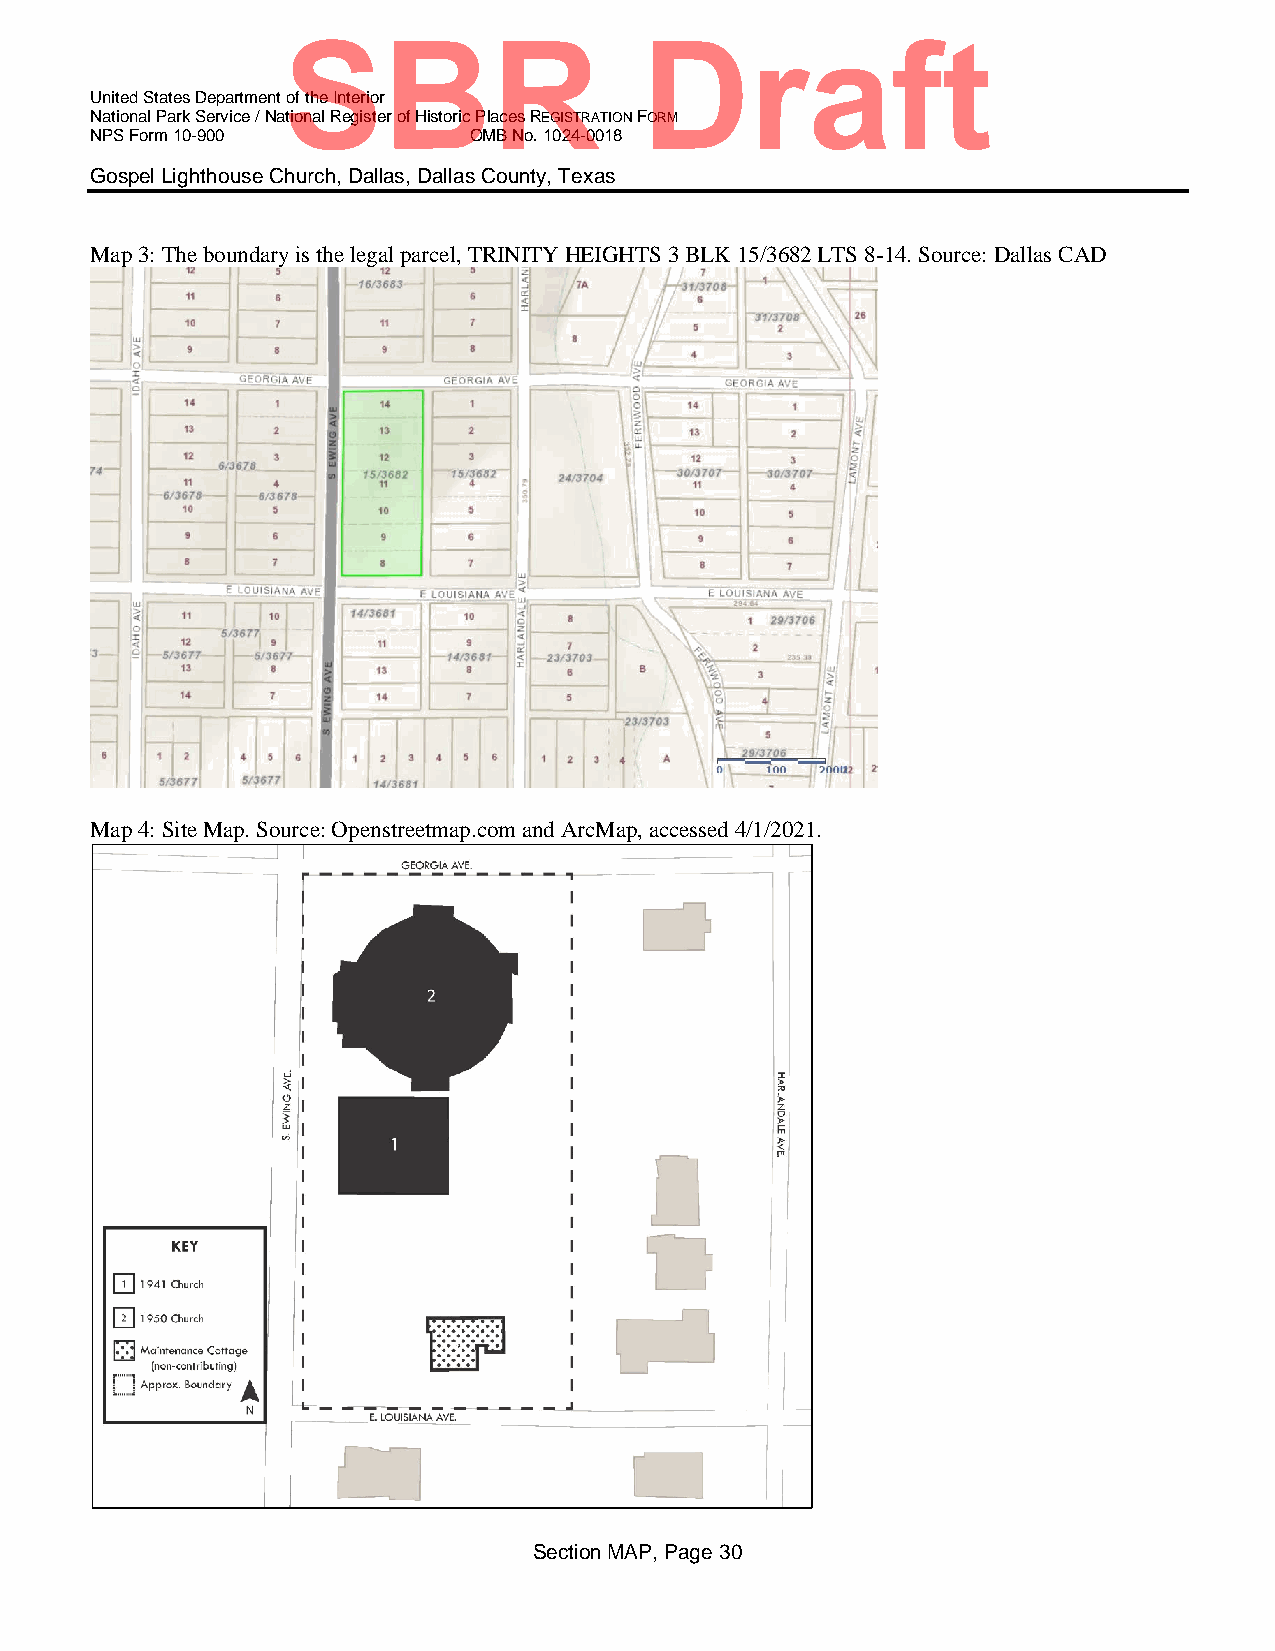
SBR                    Draft
 United States Department of the Interior
 National Park Service / National Register of Historic Places REGISTRATION FORM
 NPS Form 10-900          OMB No. 1024-0018
 Gospel Lighthouse Church, Dallas, Dallas County, Texas
 Map 3: The boundary is the legal parcel, TRINITY HEIGHTS 3 BLK 15/3682 LTS 8-14. Source: Dallas CAD
 Map 4: Site Map. Source: Openstreetmap.com and ArcMap, accessed 4/1/2021.
 Section MAP, Page 30